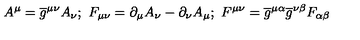
A ^ { \mu } = \overline { { g } } ^ { \mu \nu } A _ { \nu } ; \ F _ { \mu \nu } = \partial _ { \mu } A _ { \nu } - \partial _ { \nu } A _ { \mu } ; \ F ^ { \mu \nu } = \overline { { g } } ^ { \mu \alpha } \overline { { g } } ^ { \nu \beta } F _ { \alpha \beta }